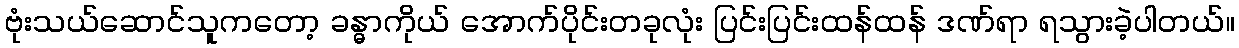
ဗုံးသယ်ဆောင်သူကတော့ ခန္ဓာကိုယ် အောက်ပိုင်းတခုလုံး ပြင်းပြင်းထန်ထန် ဒဏ်ရာ ရသွားခဲ့ပါတယ်။